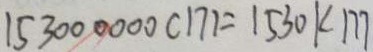
1 5 3 0 0 0 0 0 0 c m = 1 5 3 0 k m